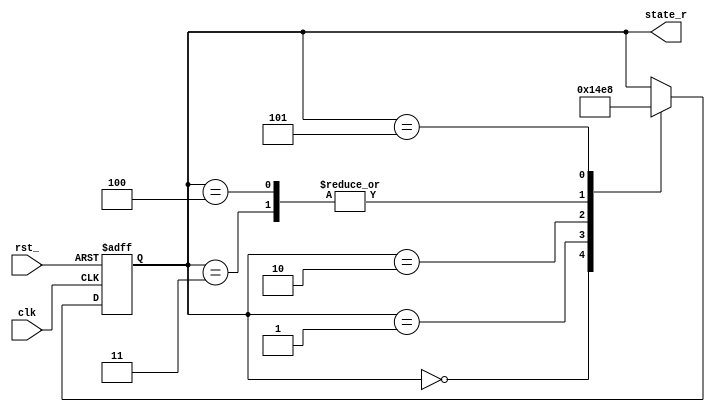
module sm (/*AUTOARG*/
           // Outputs
           state_r,
           // Inputs
           clk, rst_
           );
   
   //==================== Constant declarations ==============
   
   parameter [2:0] // synopsys enum state_info
                   IDLE = 3'b000,
                   SEND = 3'b001,
                   WAIT1 = 3'b010,
                   UPDATE1 = 3'b011,
                   WAIT2 = 3'b100;
   
   parameter [2:0] /* synopsys enum state_info */ UPDATE2 = 3'b101;
   
   parameter [2:0] NOT_A_STATE_ELEMENT = 3'b101;
   
   parameter [2:0] /* synopsys enum other */
                   A_OTHER_STATE_ELEMENT = 3'b101;
   
   //==================== Input Signals ======================
   
   input           clk; // System clock signal
   input           rst_;
   
   //==================== Output Signals =====================
   
   // s_ynopsys requires the enum comment between the keyword and the symbol While this seems silly,
   // verilog requires this also to avoid misleading people that also use their tools.
   
   output [2:0]    state_r; // SM State information (to GPF)
   
   //==================== Intermediate Variables =============
   
   reg [2:0]       /* synopsys enum state_info */ state_r; /* synopsys state_vector state_r */
   reg [2:0]       /* synopsys enum state_info */ state_e1;             // next state of state-machine
   
   //==================== Code Begin =========================
   
   always @(/*AUTOSENSE*/state_r) begin
      case(state_r) // synopsys full_case parallel_case
        IDLE: begin
           state_e1 = SEND;
        end
        SEND: begin
           state_e1 = WAIT1;
        end
        WAIT1: begin
           state_e1 = UPDATE1;
        end
        UPDATE1: begin
           state_e1 = UPDATE2;
        end
        WAIT2: begin
           state_e1 = UPDATE2;
        end
        
        UPDATE2: begin
           state_e1 = IDLE;
        end
        default:        state_e1 = state_r;
      endcase
   end
   
   always @(posedge clk or negedge rst_) begin
      if (~rst_) begin
         state_r <= #0 IDLE;
      end
      else begin
         state_r <= #0 state_e1;
      end
   end
   
   //==================== DEBUG ASCII CODE =========================
   
   /*AUTOASCIIENUM("state_r", "_stateascii_r")*/
   // Beginning of automatic ASCII enum decoding
   reg [55:0] _stateascii_r;            // Decode of state_r
   always @(state_r) begin
      case ({state_r})
        IDLE:     _stateascii_r = "idle   ";
        SEND:     _stateascii_r = "send   ";
        WAIT1:    _stateascii_r = "wait1  ";
        UPDATE1:  _stateascii_r = "update1";
        WAIT2:    _stateascii_r = "wait2  ";
        UPDATE2:  _stateascii_r = "update2";
        default:  _stateascii_r = "%Error ";
      endcase
   end
   // End of automatics
   
endmodule